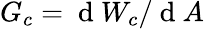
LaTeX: G_{c}=\mathrm{~d~}W_{c}/\mathrm{~d~}A